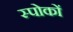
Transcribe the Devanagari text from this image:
स्पोकों